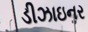
ડીઝાઇનર